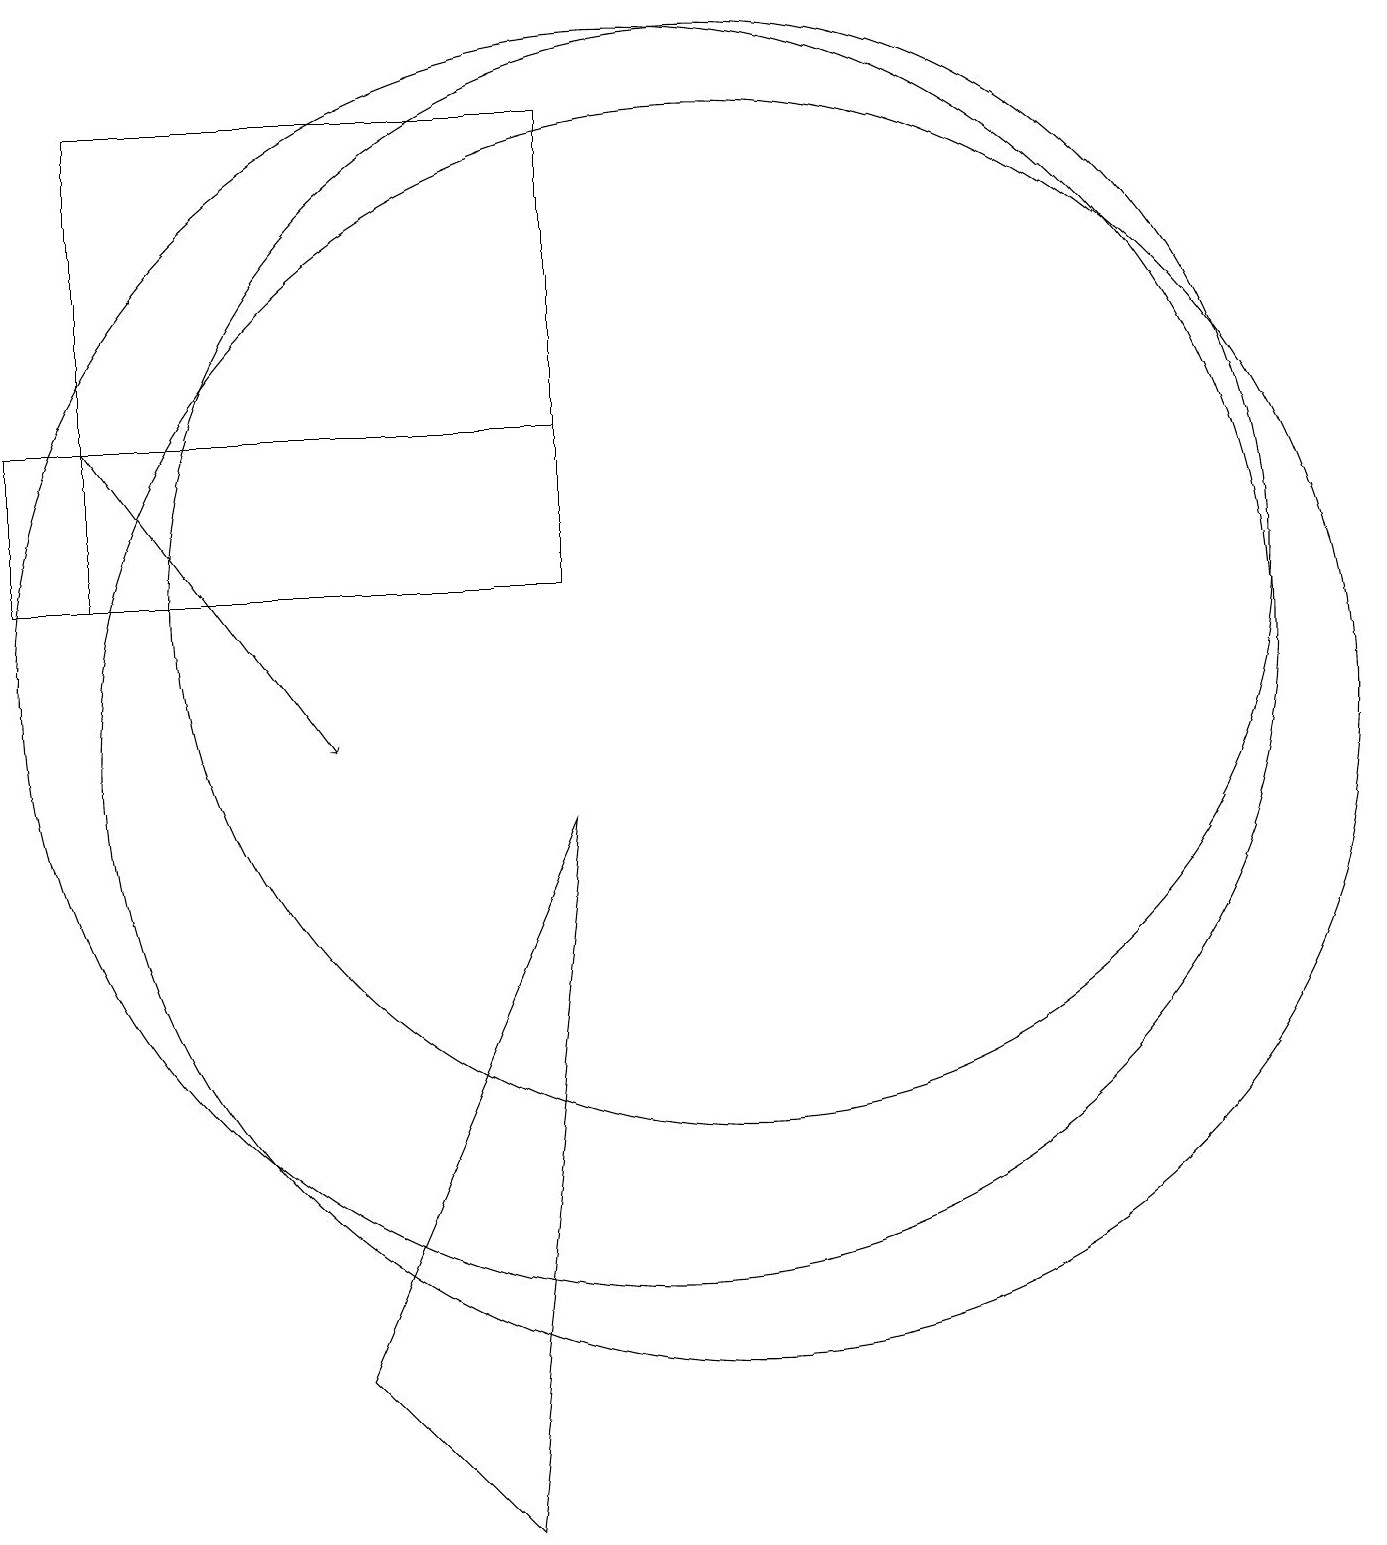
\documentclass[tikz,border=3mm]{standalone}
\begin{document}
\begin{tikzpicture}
\draw (10,11) circle (8);
\draw (11,10) circle (8);
\draw (2,14) rectangle (9,12);
\draw[->] (3,14) -- (6,10);
\draw (8,0) -- (6,2) -- (9,9) -- cycle;
\draw (11,12) circle (7);
\draw (9,18) rectangle (3,12);
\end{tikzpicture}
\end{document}